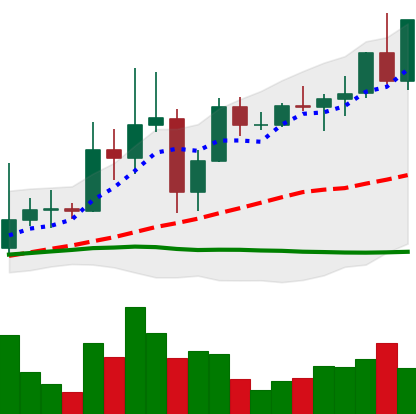
Ticker: XRP-USD
Chart end date: 2021-04-04
Forward return: 57.846%
Label: up_7plus